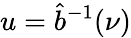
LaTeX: u=\hat{b}^{-1}(\nu)